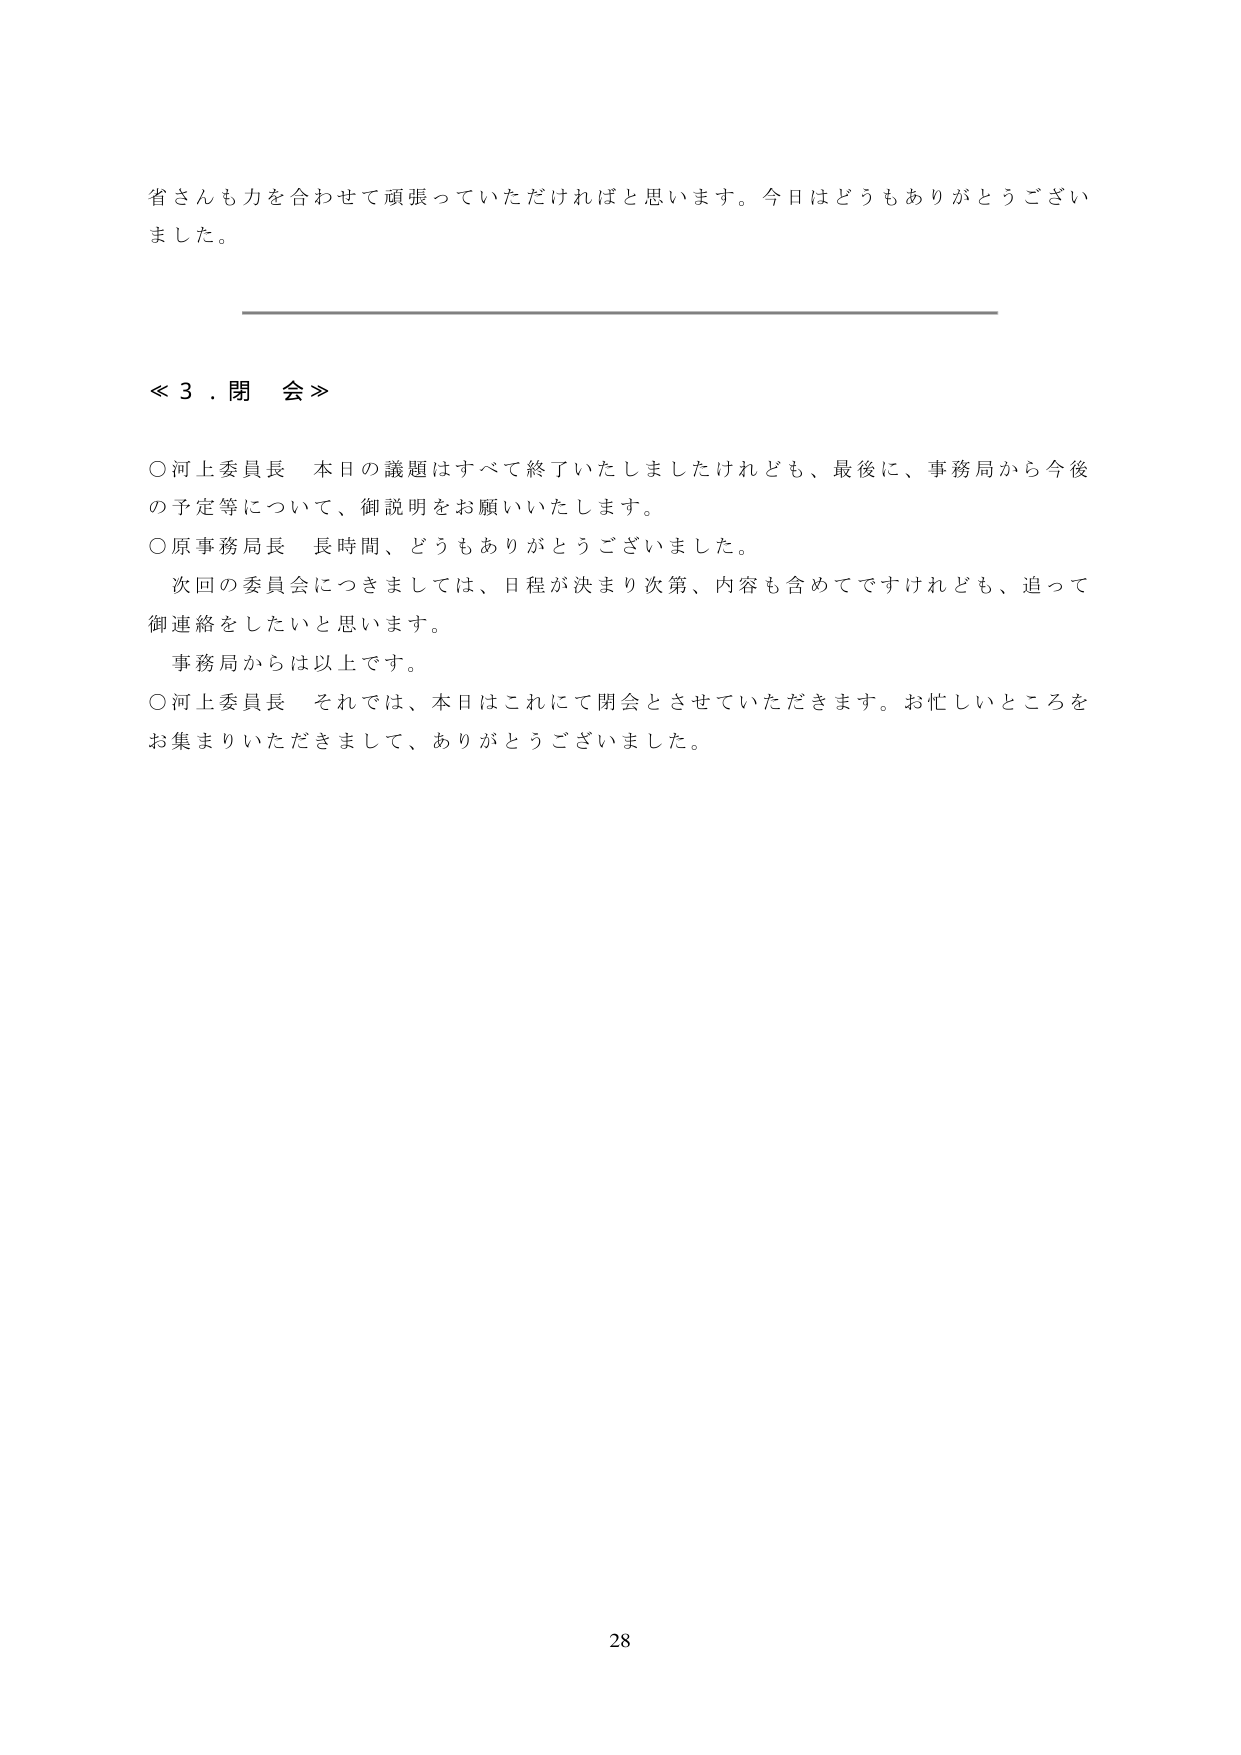
省さんも力を合わせて頑張っていただければと思います。今日はどうもありがとうございました。

≪ 3 ．閉 会 ≫

○河上委員長 本日の議題はすべて終了いたしましたけれども、最後に、事務局から今後の予定等について、御説明をお願いいたします。
○原事務局長 長時間、どうもありがとうございました。
　次回の委員会につきましては、日程が決まり次第、内容も含めてですけれども、追って御連絡をしたいと思います。
　事務局からは以上です。
○河上委員長 それでは、本日はこれにて閉会とさせていただきます。お忙しいところをお集まりいただきまして、ありがとうございました。

28